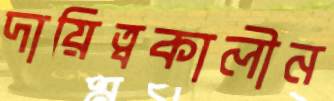
দায়িত্বকালীন